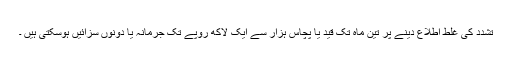
تشدد کی غلط اطلاع دینے پر تین ماہ تک قید یا پچاس ہزار سے ایک لاکھ روپے تک جرمانہ یا دونوں سزائیں ہوسکتی ہیں ۔